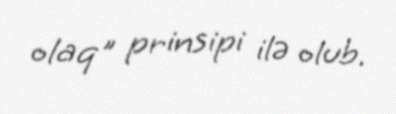
olaq" prinsipi ilə olub.